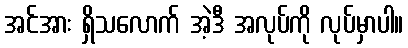
အင်အား ရှိသလောက် အဲ့ဒီ အလုပ်ကို လုပ်မှာပါ။